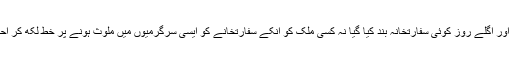
انہوں نے اس حوالے سے کسی ملک کا نام نہیں لیا اور اگلے روز کوئی سفارتخانہ بند کیا گیا نہ کسی ملک کو انکے سفارتخانے کو ایسی سرگرمیوں میں ملوث ہونے پر خط لکھ کر احتجاج کرتے ہوئے نوٹس لینے کی خبر سامنے آئی۔